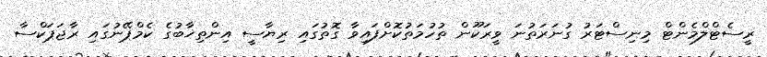
ރީސެޓްލްމެންޓް މިނިސްޓަރު ގުނަރަތުނަ ވީރަކޫން ތުހުމަތުކޮށްފައިވާ ގޮތުގައި ރިޔާސީ އިންތިޚާބުގެ ކެމްޕޭނުގައި ރާޖަޕަކްސާ